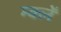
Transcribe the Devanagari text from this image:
म्क्लेँ